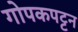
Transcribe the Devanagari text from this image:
गोपकपट्टन